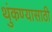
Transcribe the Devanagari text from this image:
थुंकण्यासाठी